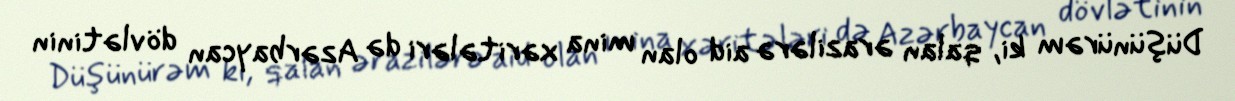
Düşünürəm ki, qalan ərazilərə aid olan mina xəritələri də Azərbaycan dövlətinin